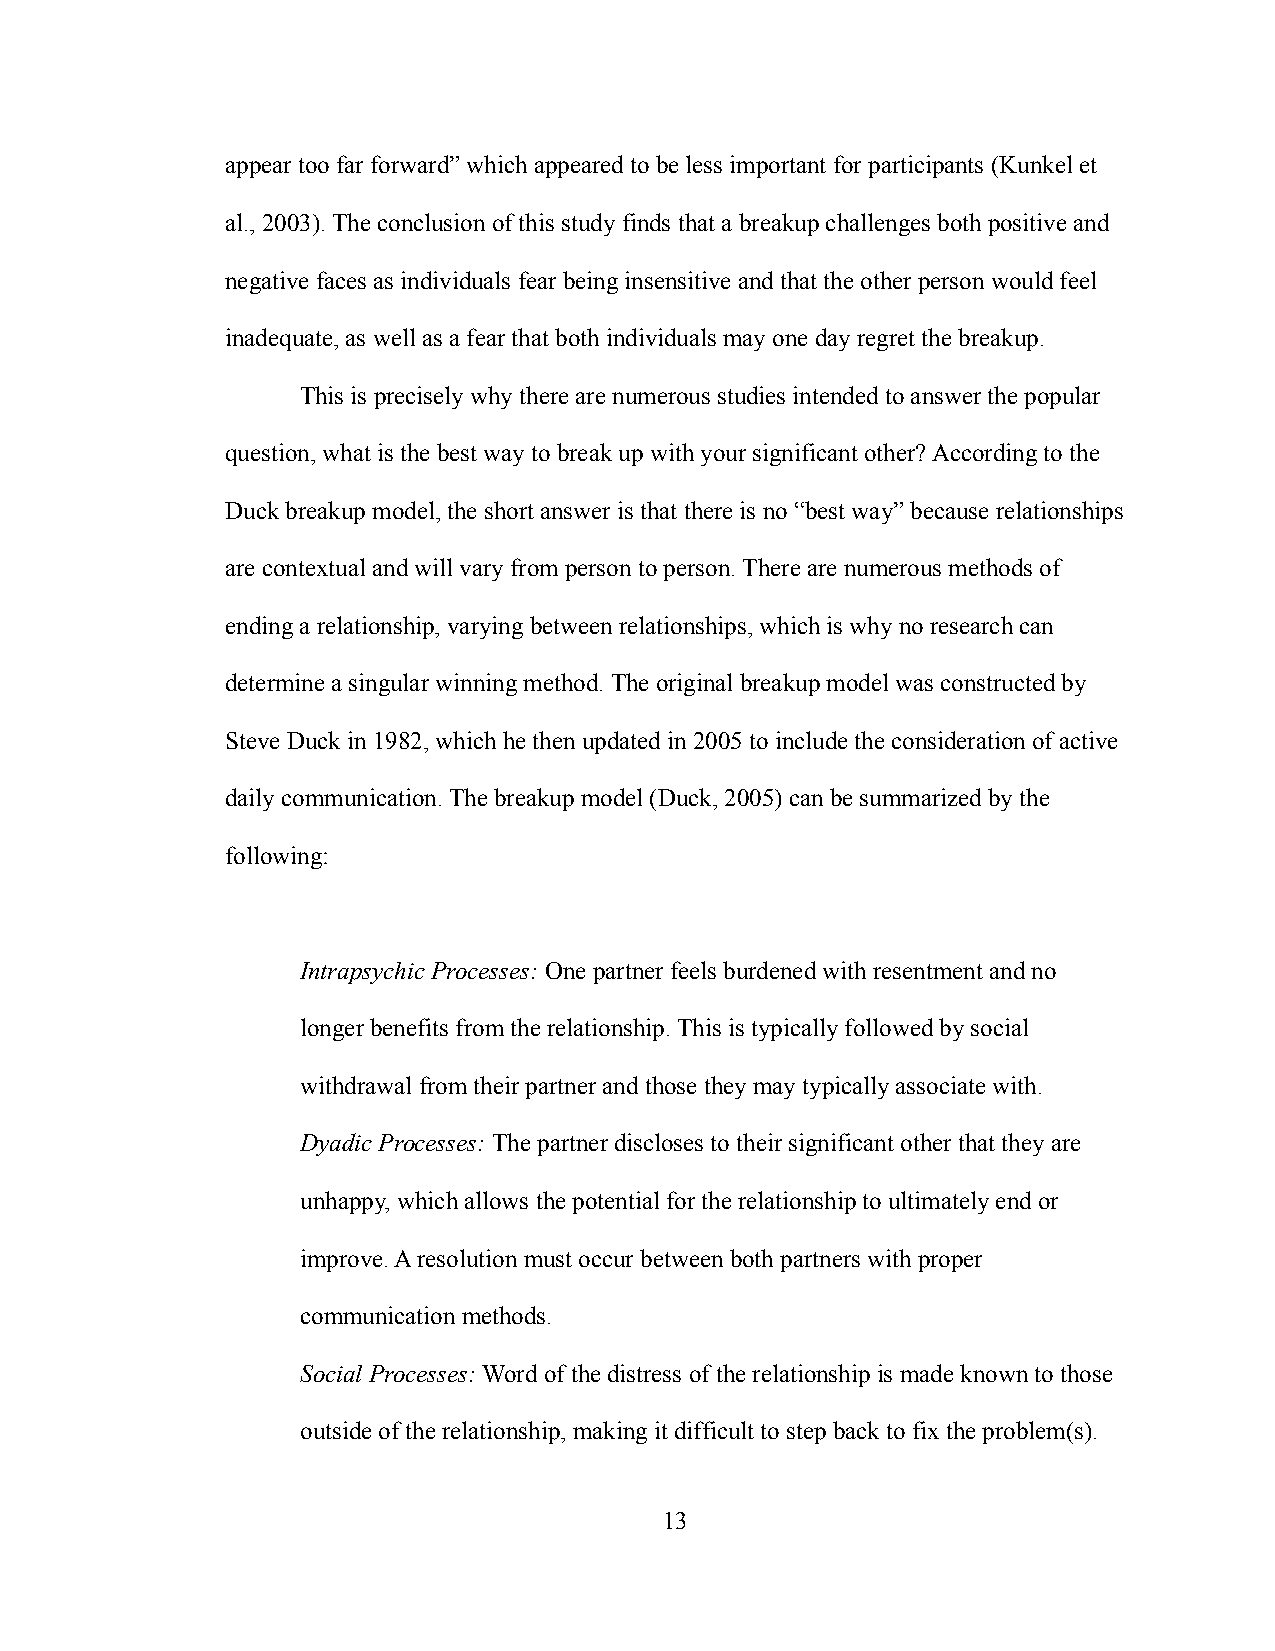
appear too far forward” which appeared to be less important for participants (Kunkel et
 al., 2003). The conclusion of this study finds that a breakup challenges both positive and
 negative faces as individuals fear being insensitive and that the other person would feel
 inadequate, as well as a fear that both individuals may one day regret the breakup.
 This is precisely why there are numerous studies intended to answer the popular
 question, what is the best way to break up with your significant other? According to the
 Duck breakup model, the short answer is that there is no “best way” because relationships
 are contextual and will vary from person to person. There are numerous methods of
 ending a relationship, varying between relationships, which is why no research can
 determine a singular winning method. The original breakup model was constructed by
 Steve Duck in 1982, which he then updated in 2005 to include the consideration of active
 daily communication. The breakup model (Duck, 2005) can be summarized by the
 following:
 Intrapsychic Processes:One partner feels burdened with resentment and no
 longer benefits from the relationship. This is typically followed by social
 withdrawal from their partner and those they may typically associate with.
 Dyadic Processes: The partner discloses to their significantother that they are
 unhappy, which allows the potential for the relationship to ultimately end or
 improve. A resolution must occur between both partners with proper
 communication methods.
 Social Processes:Word of the distress of the relationship is made known to those
 outside of the relationship, making it difficult to step back to fix the problem(s).
 13